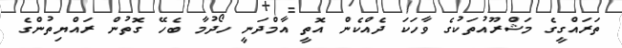
ތަރައްގީގެ މަޝްރޫއުތަކުގެ ވާހަކަ ދެއްކެން އޮތީ އާމްދަނީ ހޯދުމާ ބެހޭ ގޮތުން ރައްޔިތުންގެ